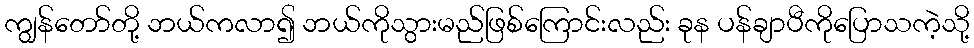
ကျွန်တော်တို့ ဘယ်ကလာ၍ ဘယ်ကိုသွားမည်ဖြစ်ကြောင်းလည်း ခုန ပန်ချာပီကိုပြောသကဲ့သို့